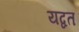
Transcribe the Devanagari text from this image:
यद्वत